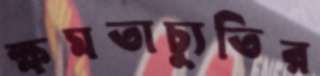
ক্ষমতাচ্যুতির